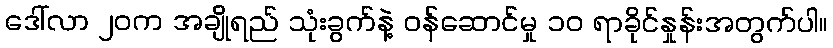
ဒေါ်လာ ၂၀က အချိုရည် သုံးခွက်နဲ့ ဝန်ဆောင်မှု ၁၀ ရာခိုင်နှုန်းအတွက်ပါ။